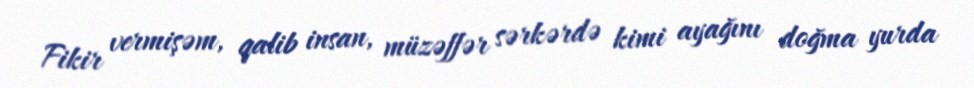
Fikir vermişəm, qalib insan, müzəffər sərkərdə kimi ayağını doğma yurda